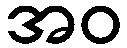
အဝ